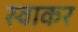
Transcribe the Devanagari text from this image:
स्वाकर